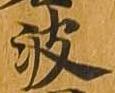
波